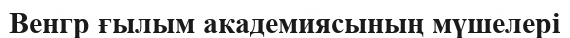
Венгр ғылым академиясының мүшелері